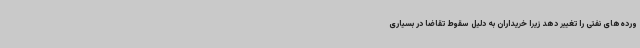
ورده‌های نفتی را تغییر دهد زیرا خریداران به دلیل سقوط تقاضا در بسیاری